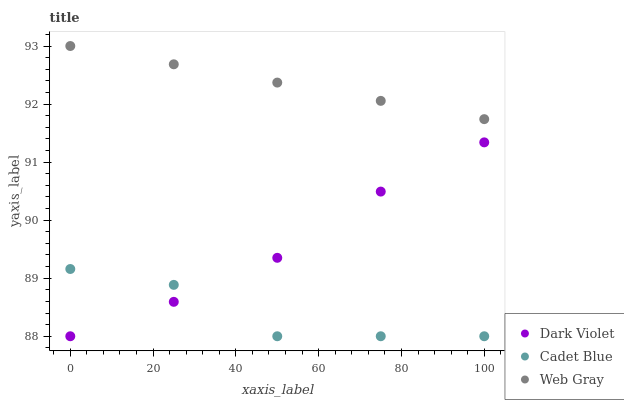
| xaxis_label | Dark Violet | Cadet Blue | Web Gray |
 | --- | --- | --- | --- |
 | 0 | 88 | 89.2 | 93 |
 | 25 | 88.6 | 88.9 | 92.7 |
 | 50 | 89.4 | 88 | 92.4 |
 | 75 | 90.5 | 88 | 92.1 |
 | 100 | 91.3 | 88 | 91.7 |